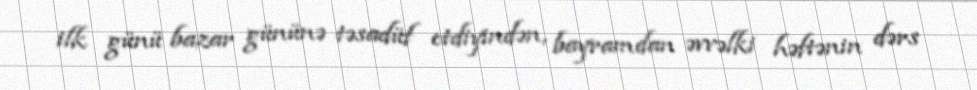
ilk günü bazar gününə təsadüf etdiyindən, bayramdan əvvəlki həftənin dərs